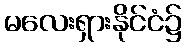
မလေးရှားနိုင်ငံ၌